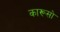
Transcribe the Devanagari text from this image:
कारूसो